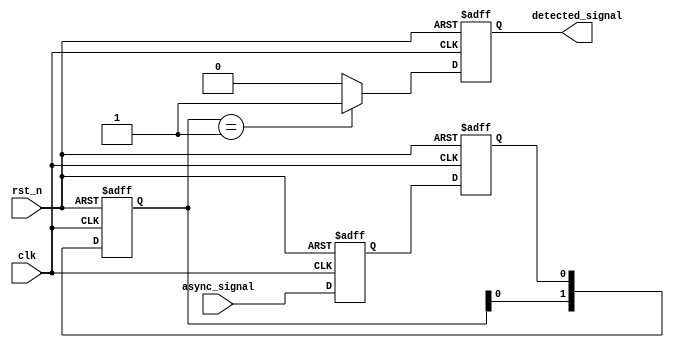
module DualFF_Detector (
    input wire clk,            // Clock input
    input wire rst_n,         // Active-low reset
    input wire async_signal,   // Asynchronous input signal
    output reg detected_signal  // Output signal indicating pattern detection
);

// Internal signals
reg ff1_out;                // Output of first flip-flop
reg ff2_out;                // Output of second flip-flop

// Pattern to detect (example: 2'b01)
parameter PATTERN = 2'b01;
reg [1:0] pattern_buffer;   // Buffer to hold the last two states of ff2_out

// Flip-Flop 1: Synchronize async_signal
always @(posedge clk or negedge rst_n) begin
    if (!rst_n) begin
        ff1_out <= 1'b0; // Reset FF1
    end else begin
        ff1_out <= async_signal; // Capture async signal
    end
end

// Flip-Flop 2: Synchronize output of FF1
always @(posedge clk or negedge rst_n) begin
    if (!rst_n) begin
        ff2_out <= 1'b0; // Reset FF2
    end else begin
        ff2_out <= ff1_out; // Capture output of FF1
    end
end

// Pattern detection logic
always @(posedge clk or negedge rst_n) begin
    if (!rst_n) begin
        detected_signal <= 1'b0; // Reset detected signal
        pattern_buffer <= 2'b00;  // Reset pattern buffer
    end else begin
        // Shift the pattern buffer
        pattern_buffer <= {pattern_buffer[0], ff2_out};

        // Check for pattern match
        if (pattern_buffer == PATTERN) begin
            detected_signal <= 1'b1; // Pattern detected
        end else begin
            detected_signal <= 1'b0; // No pattern detected
        end
    end
end

endmodule